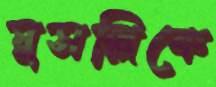
মুসল্লিকে